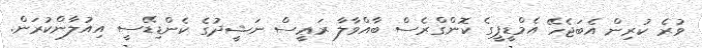
ވުރެ ކުރިން އެބަޖެހޭ އެމްޑީޕީގެ ކޮންގްރެސް ބާއްވާލާ ރަޢީސް ނަޝީދުގެ ކެންޑިޑޭސީ އިއުލާންކުރަން.